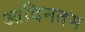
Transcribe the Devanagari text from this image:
आदिमतम